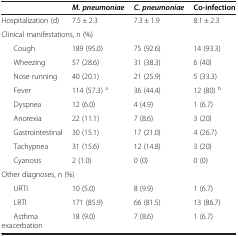
<table><thead><tr><td><b> </b></td><td><b><i>M. </i><i>pneumoniae</i></b></td><td><b><i>C. </i><i>pneumoniae</i></b></td><td><b>Co-infection</b></td></tr></thead><tbody><tr><td>Hospitalization (d)</td><td>7.5 ± 2.3</td><td>7.3 ± 1.9</td><td>8.1 ± 2.3</td></tr><tr><td colspan="4">Clinical manifestations, n (%)</td></tr><tr><td>Cough</td><td>189 (95.0)</td><td>75 (92.6)</td><td>14 (93.3)</td></tr><tr><td>Wheezing</td><td>57 (28.6)</td><td>31 (38.3)</td><td>6 (40)</td></tr><tr><td>Nose running</td><td>40 (20.1)</td><td>21 (25.9)</td><td>5 (33.3)</td></tr><tr><td>Fever</td><td>114 (57.3) <sup>a</sup></td><td>36 (44.4)</td><td>12 (80) <sup>b</sup></td></tr><tr><td>Dyspnea</td><td>12 (6.0)</td><td>4 (4.9)</td><td>1 (6.7)</td></tr><tr><td>Anorexia</td><td>22 (11.1)</td><td>7 (8.6)</td><td>3 (20)</td></tr><tr><td>Gastrointestinal</td><td>30 (15.1)</td><td>17 (21.0)</td><td>4 (26.7)</td></tr><tr><td>Tachypnea</td><td>31 (15.6)</td><td>12 (14.8)</td><td>3 (20)</td></tr><tr><td>Cyanosis</td><td>2 (1.0)</td><td>0 (0)</td><td>0 (0)</td></tr><tr><td colspan="4">Other diagnoses, n (%)</td></tr><tr><td>URTI</td><td>10 (5.0)</td><td>8 (9.9)</td><td>1 (6.7)</td></tr><tr><td>LRTI</td><td>171 (85.9)</td><td>66 (81.5)</td><td>13 (86.7)</td></tr><tr><td>Asthma exacerbation</td><td>18 (9.0)</td><td>7 (8.6)</td><td>1 (6.7)</td></tr></tbody></table>